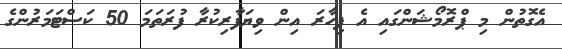
އެގޮތުން މި ޕްރޮމޯޝަންގައި އެ ފިހާރަ އިން ވިޔަފާރިކުރާ ފުރަތަމަ 50 ކަސްޓަމަރުންގެ